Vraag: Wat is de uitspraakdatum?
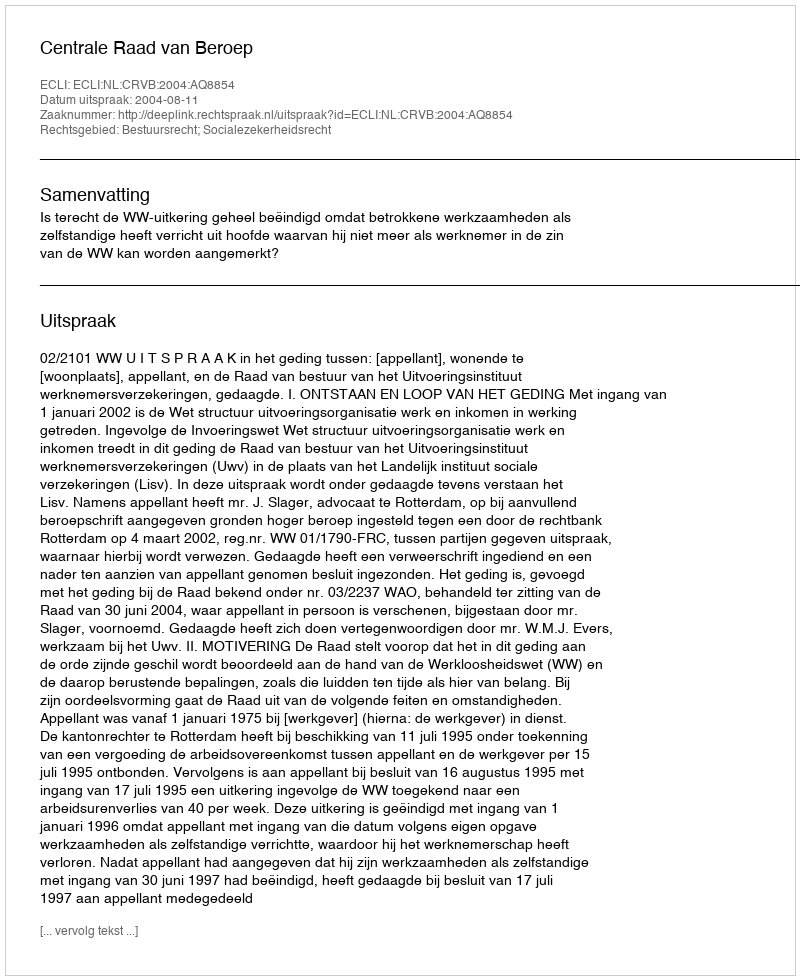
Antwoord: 2004-08-11